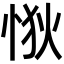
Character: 𢙹